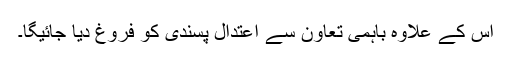
اس کے علاوہ باہمی تعاون سے اعتدال پسندی کو فروغ دیا جائیگا۔